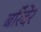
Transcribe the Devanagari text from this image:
बरिंदेर